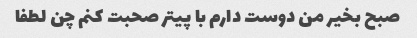
صبح بخیر من دوست دارم با پیتر صحبت کنم چن لطفا